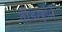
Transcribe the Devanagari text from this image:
वीडरहोर्न